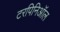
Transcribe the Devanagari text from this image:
टरपिनिऑल